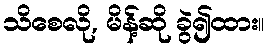
သိစေလို, မိန့်ဆို ခွဲ၍ထား။